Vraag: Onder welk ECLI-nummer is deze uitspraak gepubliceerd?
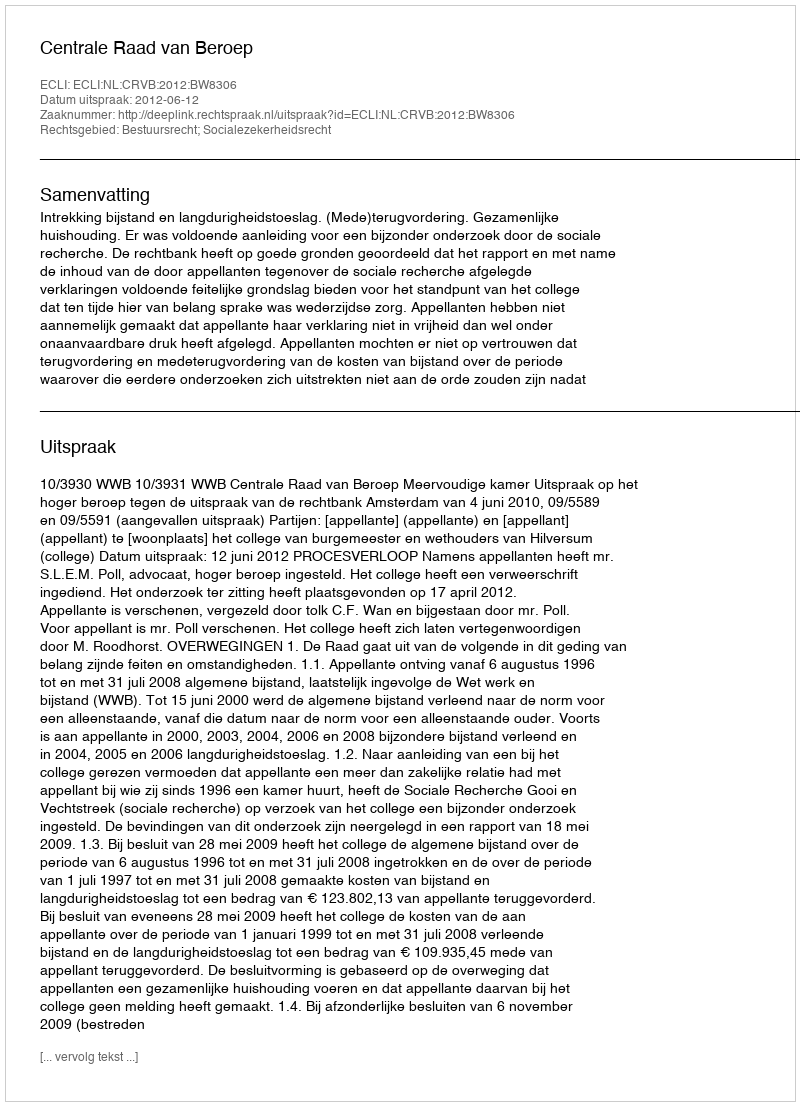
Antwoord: ECLI:NL:CRVB:2012:BW8306